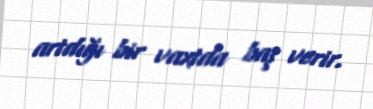
artdığı bir vaxtda baş verir.